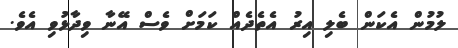
ލުމުން އެކަން ބެލި އިރު އެތެދެއް ކަމަށް ވެސް އޭނާ ވިދާޅުވި އެވެ.